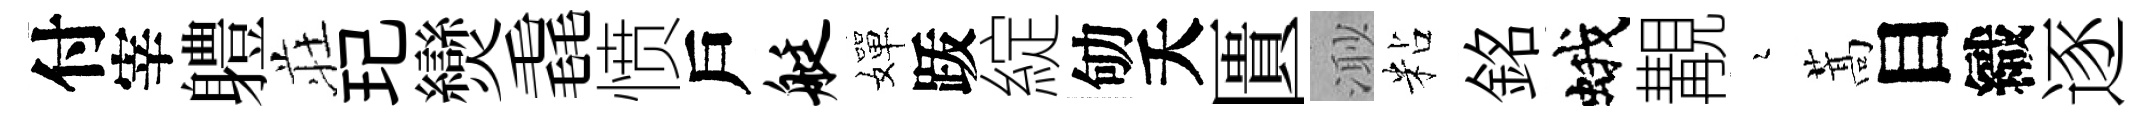
付宰軆荘玘𤓖毳愤戶艇嬋䟦綻劬夭匱𣺌粘銘蛾覯瑟蒿目織逐